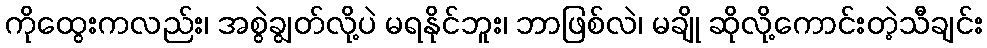
ကိုထွေးကလည်း၊ အစွဲချွတ်လို့ပဲ မရနိုင်ဘူး၊ ဘာဖြစ်လဲ၊ မချို ဆိုလို့ကောင်းတဲ့သီချင်း